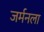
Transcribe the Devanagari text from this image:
जर्मनला